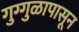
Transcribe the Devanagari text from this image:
गुग्गुळापासून